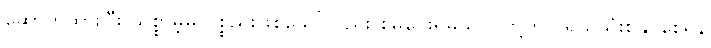
ဆောက်ထားပြီး သစ္စာမဲ့မှု ပစ္စည်းဖြစ်သော်လည်း စိမ်ပေးရမည် ငါတို့တွင် ရယူသုံးစွဲနိုင်စေရန်